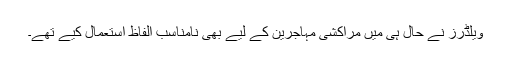
ویلڈرز نے حال ہی میں مراکشی مہاجرین کے لیے بھی نامناسب الفاظ استعمال کیے تھے۔